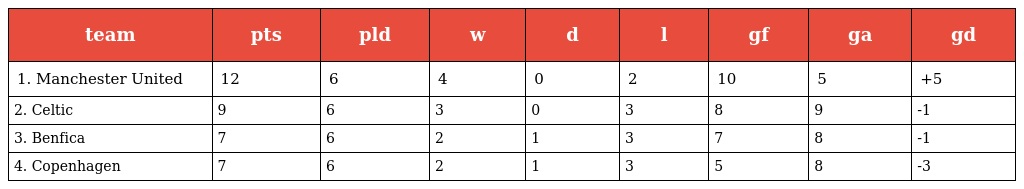
| team | pts | pld | w | d | l | gf | ga | gd |
 | --- | --- | --- | --- | --- | --- | --- | --- | --- |
 | 1. Manchester United | 12 | 6 | 4 | 0 | 2 | 10 | 5 | +5 |
 | 2. Celtic | 9 | 6 | 3 | 0 | 3 | 8 | 9 | -1 |
 | 3. Benfica | 7 | 6 | 2 | 1 | 3 | 7 | 8 | -1 |
 | 4. Copenhagen | 7 | 6 | 2 | 1 | 3 | 5 | 8 | -3 |